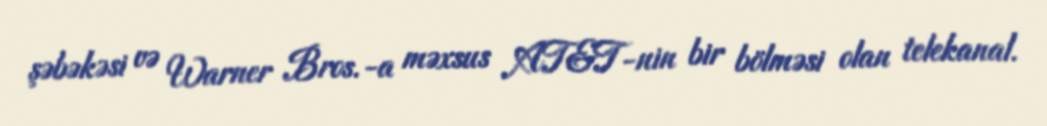
şəbəkəsi və Warner Bros.-a məxsus AT&T-nin bir bölməsi olan telekanal.